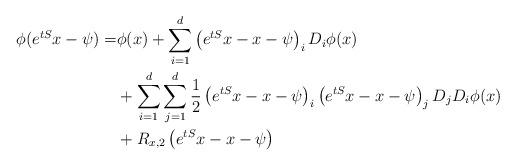
LaTeX: \begin{align*} \phi(e^{tS}x-\psi) =& \phi(x) + \sum_{i=1}^{d}\left(e^{tS}x-x-\psi\right)_i D_i\phi(x) \\ & +\sum_{i=1}^{d}\sum_{j=1}^{d}\frac{1}{2}\left(e^{tS}x-x-\psi\right)_i\left(e^{tS}x-x-\psi\right)_j D_jD_i\phi(x) \\ & +R_{x,2}\left(e^{tS}x-x-\psi\right) \end{align*}